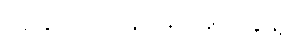
အနုပညာလှုပ်ရှားမှုတွေနဲ့။